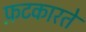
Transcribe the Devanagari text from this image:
फ़टकारते